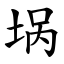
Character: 埚